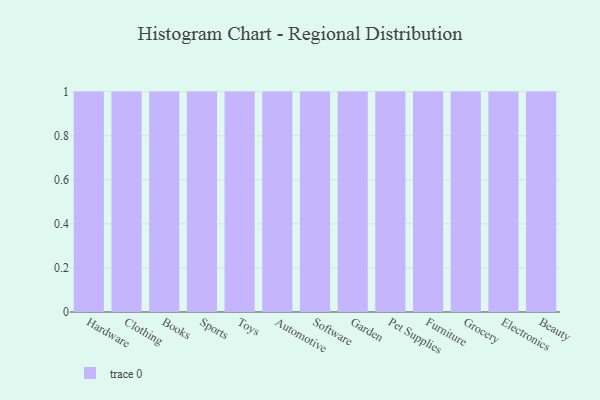
{"axis": {"x": "Category", "y": "Gross Profit (USD K)"}, "legend": [""], "data": [{"x": "Hardware", "y": 18, "type": ""}, {"x": "Clothing", "y": 30, "type": ""}, {"x": "Books", "y": 13, "type": ""}, {"x": "Sports", "y": 51, "type": ""}, {"x": "Toys", "y": 60, "type": ""}, {"x": "Automotive", "y": 36, "type": ""}, {"x": "Software", "y": 11, "type": ""}, {"x": "Garden", "y": 55, "type": ""}, {"x": "Pet Supplies", "y": 59, "type": ""}, {"x": "Furniture", "y": 13, "type": ""}, {"x": "Grocery", "y": 36, "type": ""}, {"x": "Electronics", "y": 68, "type": ""}, {"x": "Beauty", "y": 41, "type": ""}]}